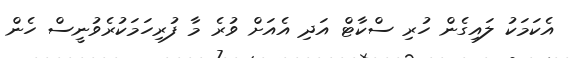
އެކަމަކު ލައިގެން ހުރި ސްކާޓް އަދި އެއަށް ވުރެ މާ ފުރިހަމަކުރެވުނީސް ހެން